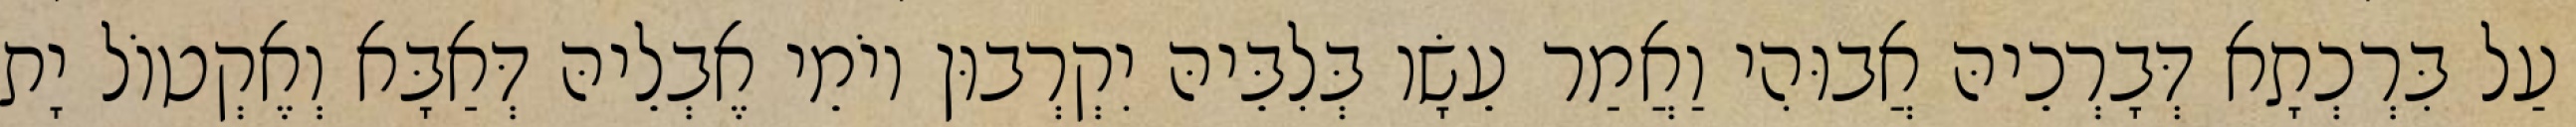
עַל בִּרְכְתָא דְּבָרְכֵיהּ אֲבוּהִי וַאֲמַר עֵשָׂו בְּלִבֵּיהּ יִקְרְבוּן יוֹמֵי אֶבְלֵיהּ דְּאַבָּא וְאֶקְטוֹל יָת